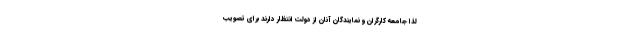
لذا جامعه کارگران و نمایندگان آنان از دولت انتظار دارند برای تصویب